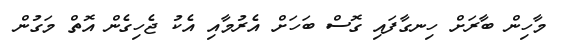
މާހިން ބާރަށް ހިނގާފައި ގޮސް ބަހަށް އެރުމާއި އެކު ޖެހިގެން އޮތް މަގުން